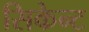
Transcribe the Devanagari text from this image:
सिकेन्ट